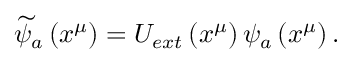
\widetilde { \psi } _ { a } \left( x ^ { \mu } \right) = U _ { e x t } \left( x ^ { \mu } \right) \psi _ { a } \left( x ^ { \mu } \right) .